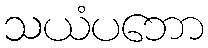
သယံပဘော